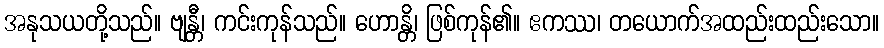
အနုသယတို့သည်။ ဗျန္တီ၊ ကင်းကုန်သည်။ ဟောန္တိ၊ ဖြစ်ကုန်၏။ ဧကဿ၊ တယောက်အထည်းထည်းသော။